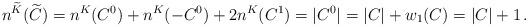
LaTeX: \begin{align*}n^{\widetilde{K}}(\widetilde{C})=n^K(C^0)+n^K(-C^0)+2n^K(C^1)=|C^0|=|C|+w_1(C)=|C|+1\,.\end{align*}